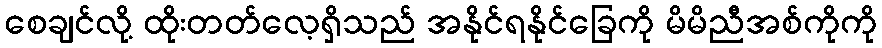
စေချင်လို့ ထိုးတတ်လေ့ရှိသည် အနိုင်ရနိုင်ခြေကို မိမိညီအစ်ကိုကို